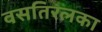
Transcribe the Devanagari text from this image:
वसतिरलका